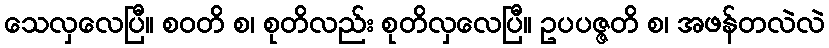
သေလှလေပြီ။ စဝတိ စ၊ စုတိလည်း စုတိလှလေပြီ။ ဥပပဇ္ဇတိ စ၊ အဖန်တလဲလဲ